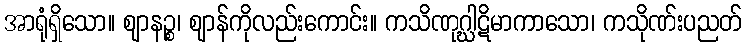
အာရုံရှိသော။ ဈာနဉ္စ၊ ဈာန်ကိုလည်းကောင်း။ ကသိဏုဂ္ဃါဋိမာကာသော၊ ကသိုဏ်းပညတ်